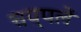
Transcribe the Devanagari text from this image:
चप्‍पलें